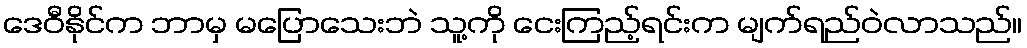
ဒေဝီနိုင်က ဘာမှ မပြောသေးဘဲ သူ့ကို ငေးကြည့်ရင်းက မျက်ရည်ဝဲလာသည်။